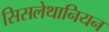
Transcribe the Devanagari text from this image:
सिसलेथानियन